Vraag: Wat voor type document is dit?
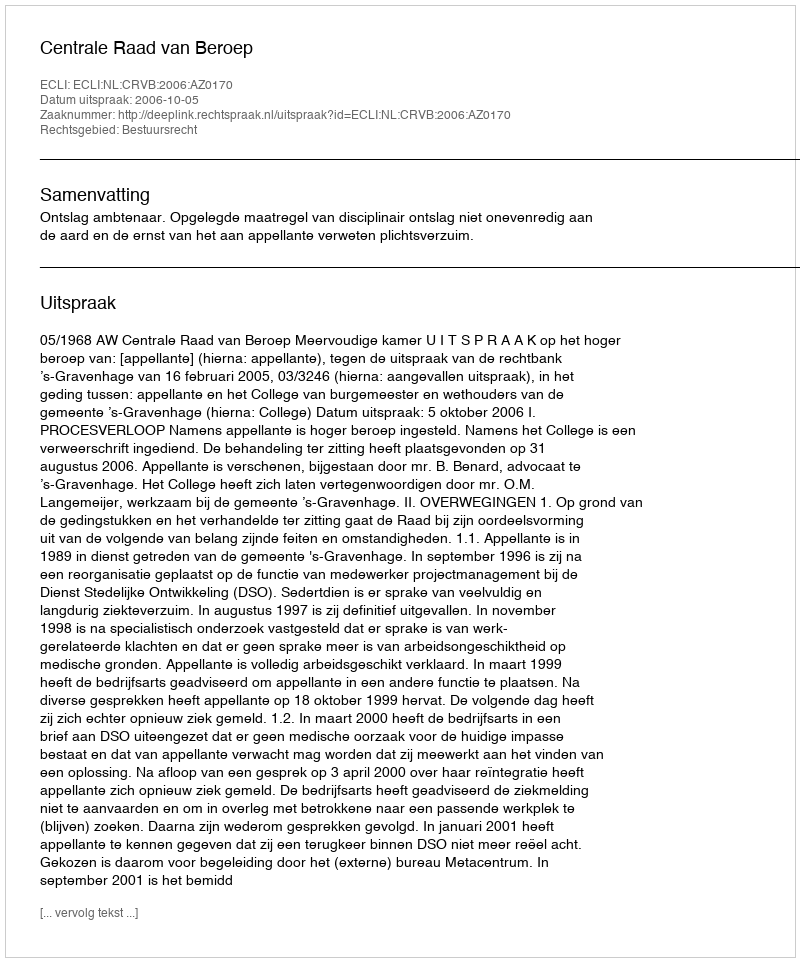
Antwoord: Uitspraak